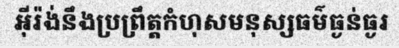
អ៊ីរ៉ង់នឹងប្រព្រឹត្តកំហុសមនុស្សធម៌ធ្ងន់ធ្ងរ